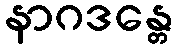
နာဂဒန္တေ